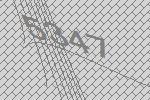
5347